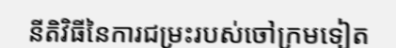
នីតិវិធីនៃការជម្រះរបស់ចៅក្រមទៀត